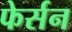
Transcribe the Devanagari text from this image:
फेर्सन